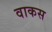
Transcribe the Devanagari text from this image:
वाकस